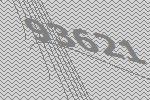
93621